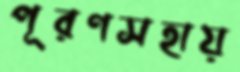
পূরণসহায়